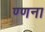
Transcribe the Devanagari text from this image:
ण्णना